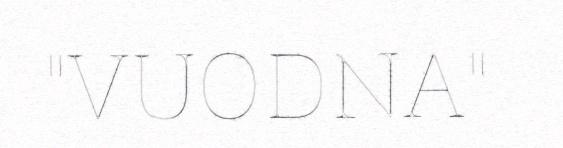
"VUODNA"